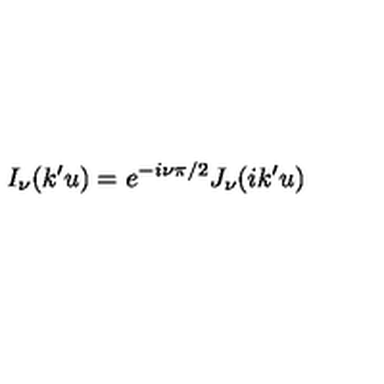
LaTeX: I _ { \nu } ( k ^ { \prime } u ) = e ^ { - i \nu \pi / 2 } J _ { \nu } ( i k ^ { \prime } u )